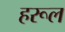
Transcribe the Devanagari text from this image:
हरूल